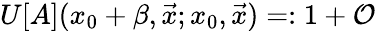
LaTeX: U[A](x_{0}+\beta,\vec{x};x_{0},\vec{x})=:1+{\cal O}